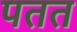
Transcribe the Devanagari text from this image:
पतत